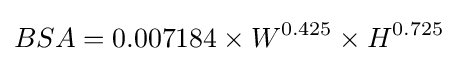
{BSA}=0.007184\times W^{0.425}\times H^{0.725}